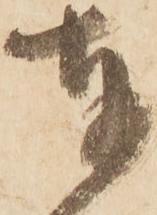
奉